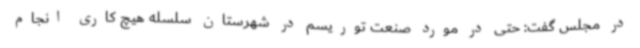
در مجلس گفت: حتی در مورد صنعت توریسم در شهرستان سلسله هیچ کاری انجام